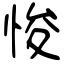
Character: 悛